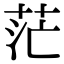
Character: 茫